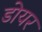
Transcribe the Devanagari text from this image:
डोयर